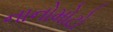
નાનોમોટો